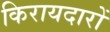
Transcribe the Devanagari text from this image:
किरायदारों